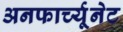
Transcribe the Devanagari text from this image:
अनफार्च्यूनेट